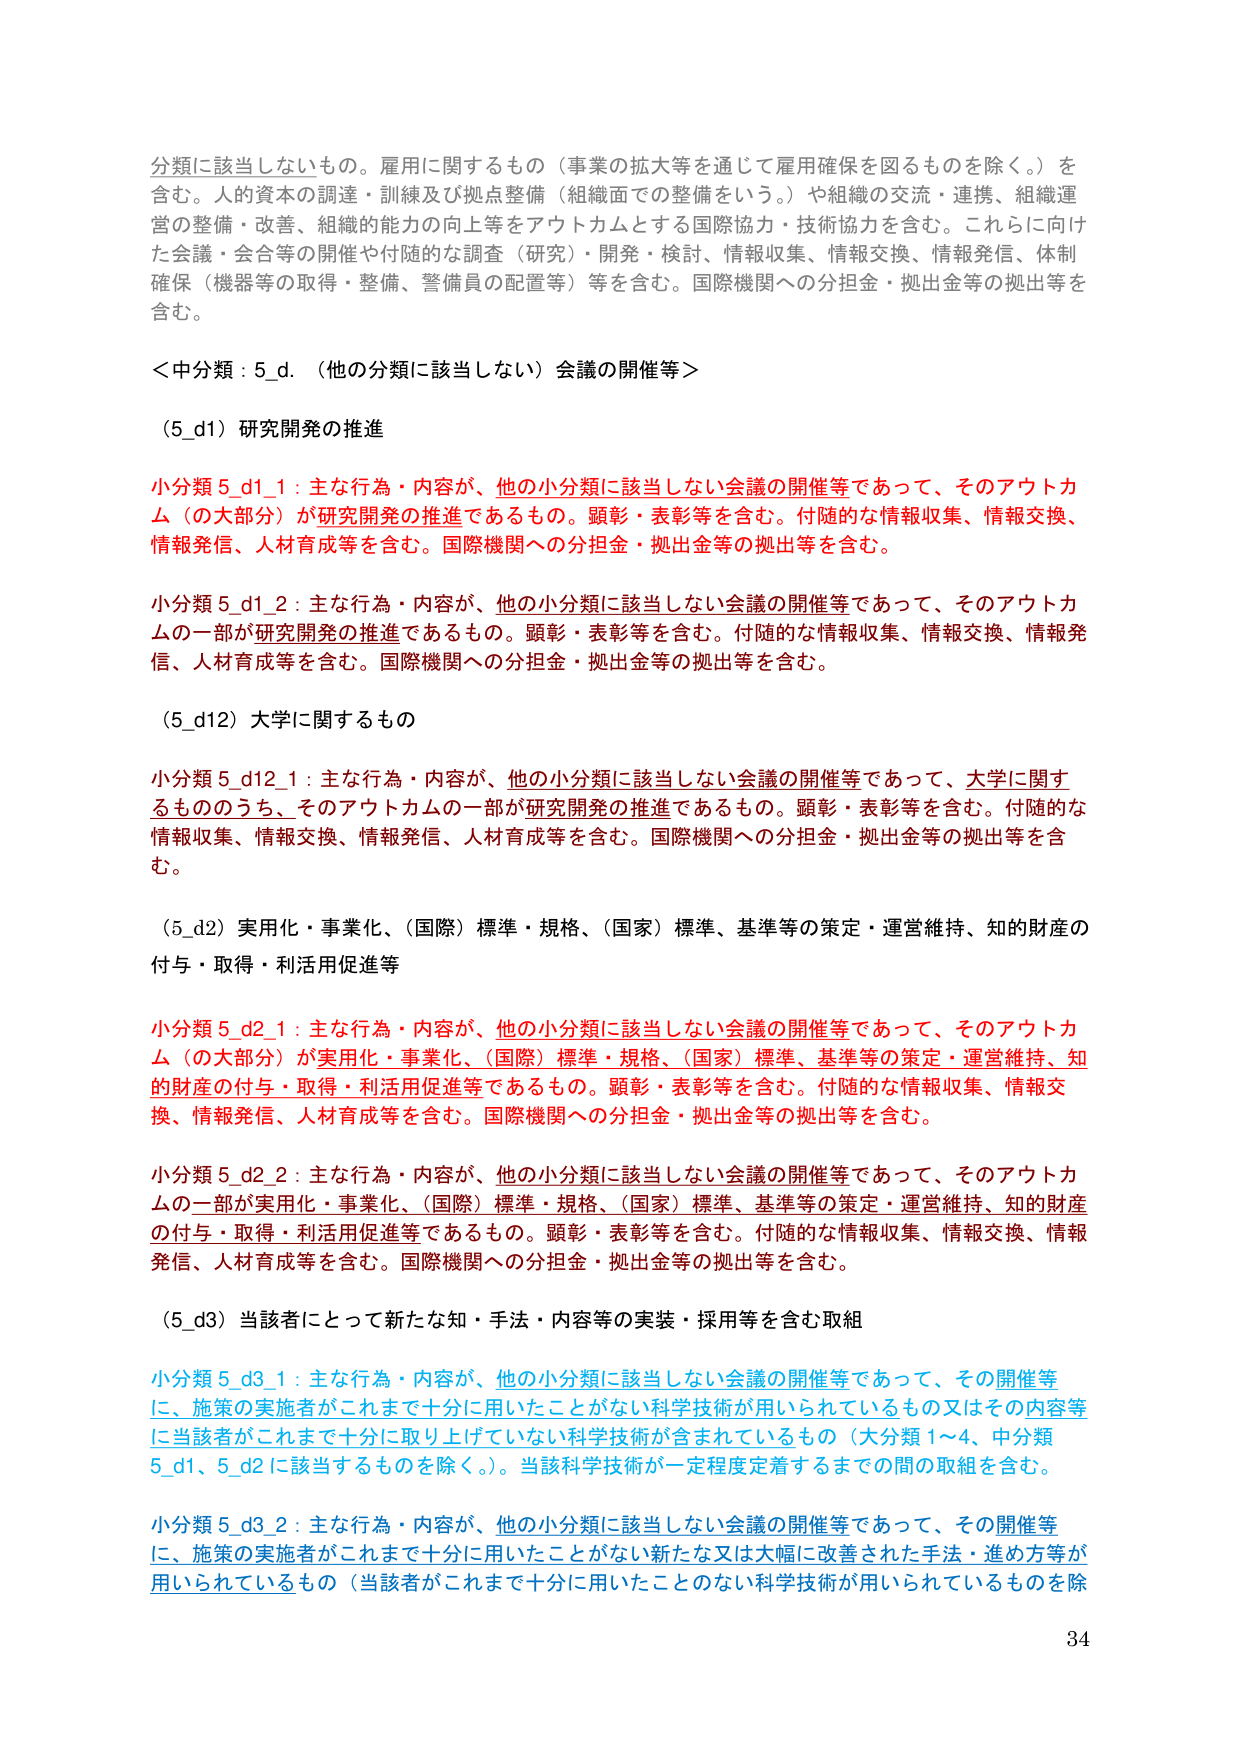
分類に該当しないもの。雇用に関するもの（事業の拡大等を通じて雇用確保を図るものを除く。）を含む。人的資本の調達・訓練及び拠点整備（組織面での整備をいう。）や組織の交流・連携、組織運営の整備・改善、組織の能力の向上等をアウトカムとする国際協力・技術協力を含む。これらに向けた会議・会合等の開催や付随的な調査（研究）・開発・検討、情報収集・情報交換、情報発信、体制確保（機器等の取得・整備、警備員の配置等）等を含む。国際機関への分担金・拠出金等の拠出等を含む。

＜中分類：5_d．（他の分類に該当しない）会議の開催等＞

（5_d1）研究開発の推進

小分類 5_d1_1：主な行為・内容が、他の小分類に該当しない会議の開催等であって、そのアウトカム（の大部分）が研究開発の推進であるもの。顕彰・表彰等を含む。付随的な情報収集、情報交換、情報発信、人材育成等を含む。国際機関への分担金・拠出金等の拠出等を含む。

小分類 5_d1_2：主な行為・内容が、他の小分類に該当しない会議の開催等であって、そのアウトカムの一部が研究開発の推進であるもの。顕彰・表彰等を含む。付随的な情報収集、情報交換、情報発信、人材育成等を含む。国際機関への分担金・拠出金等の拠出等を含む。

（5_d12）大学に関するもの

小分類 5_d12_1：主な行為・内容が、他の小分類に該当しない会議の開催等であって、大学に関するもののうち、そのアウトカムの一部が研究開発の推進であるもの。顕彰・表彰等を含む。付随的な情報収集、情報交換、情報発信、人材育成等を含む。国際機関への分担金・拠出金等の拠出等を含む。

（5_d2）実用化・事業化、（国際）標準・規格、（国家）標準、基準等の策定・運営維持、知的財産の付与・取得・利活用促進等

小分類 5_d2_1：主な行為・内容が、他の小分類に該当しない会議の開催等であって、そのアウトカム（の大部分）が実用化・事業化、（国際）標準・規格、（国家）標準、基準等の策定・運営維持、知的財産の付与・取得・利活用促進等であるもの。顕彰・表彰等を含む。付随的な情報収集、情報交換、情報発信、人材育成等を含む。国際機関への分担金・拠出金等の拠出等を含む。

小分類 5_d2_2：主な行為・内容が、他の小分類に該当しない会議の開催等であって、そのアウトカムの一部が実用化・事業化、（国際）標準・規格、（国家）標準、基準等の策定・運営維持、知的財産の付与・取得・利活用促進等であるもの。顕彰・表彰等を含む。付随的な情報収集、情報交換、情報発信、人材育成等を含む。国際機関への分担金・拠出金等の拠出等を含む。

（5_d3）当該者にとって新たな知・手法・内容等の実装・採用等を含む取組

小分類 5_d3_1：主な行為・内容が、他の小分類に該当しない会議の開催等であって、その開催等に、施策の実施者がこれまで十分に用いたことがない科学技術が用いられているもの又はその内容等に当該者がこれまで十分に取り上げていない科学技術が含まれているもの（大分類1～4、中分類5_d1、5_d2に該当するものを除く。）。当該科学技術が一定程度定着するまでの間の取組を含む。

小分類 5_d3_2：主な行為・内容が、他の小分類に該当しない会議の開催等であって、その開催等に、施策の実施者がこれまで十分に用いたことがない新たな又は大幅に改善された手法・進め方等が用いられているもの（当該者がこれまで十分に用いたことのない科学技術が用いられているものを除

34